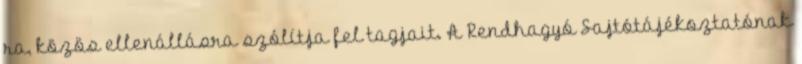
ra, közös ellenállásra szólítja fel tagjait. A Rendhagyó Sajtótájékoztatónak